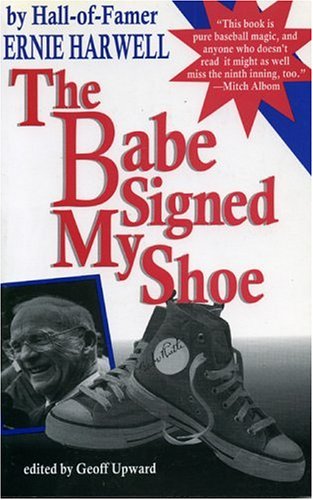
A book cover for The Babe Signed My Shoe (Honoring a Detroit Legend); Ernie Harwell; Sports & Outdoors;